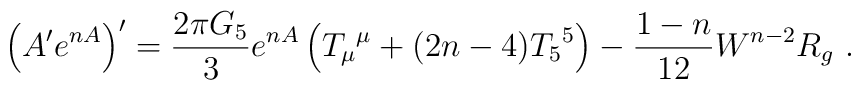
\left  ( A' e^{n A}\right) '=  {2\pi G_5\over 3} e^{n A}  \left( T_\mu {}^\mu + (2n-4)T_5 {}^5 \right)- {1-n\over 12} W^{n-2} R_g ~.